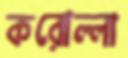
করোল্লা